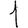
Digit: 1